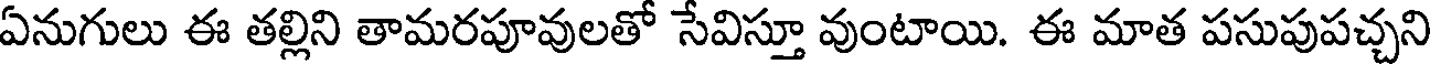
ఏనుగులు ఈ తల్లిని తామరపూవులతో సేవిస్తూ వుంటాయి. ఈ మాత పసుపుపచ్చని